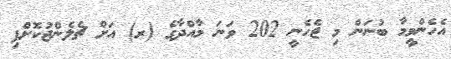
އެހެންވީމާ ބުނަން މި ޖެހެނީ 202 ވަނަ މާއްދާގެ (ރ) އަށް ޗެލެންޖުކޮށްފި